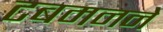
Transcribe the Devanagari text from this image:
टबमनने